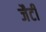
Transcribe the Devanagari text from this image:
जैटी